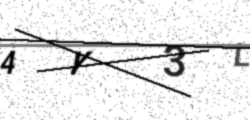
Text: 4Y3L